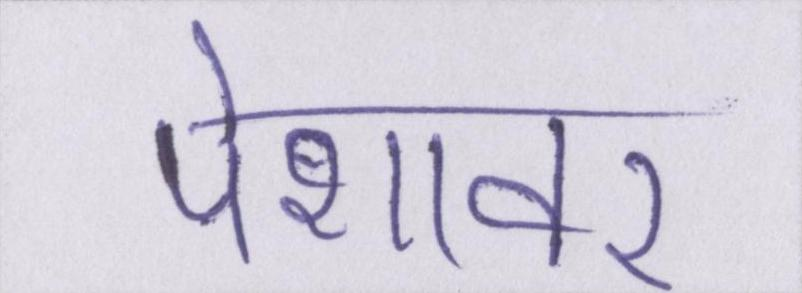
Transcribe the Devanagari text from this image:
पेशावर